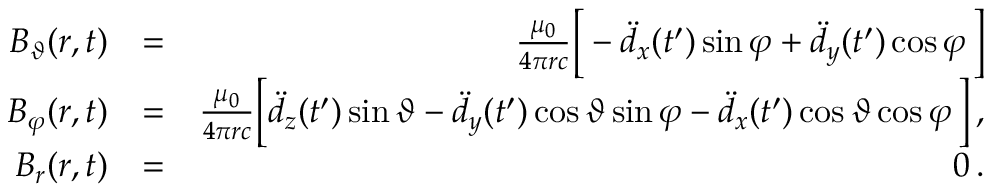
\begin{array} { r l r } { B _ { \vartheta } ( \boldsymbol { r } , t ) } & { = } & { \frac { \mu _ { 0 } } { 4 \pi r c } \Big [ - \ddot { d } _ { x } ( t ^ { \prime } ) \sin \varphi + \ddot { d } _ { y } ( t ^ { \prime } ) \cos \varphi \, \Big ] } \\ { B _ { \varphi } ( \boldsymbol { r } , t ) } & { = } & { \frac { \mu _ { 0 } } { 4 \pi r c } \Big [ \ddot { d } _ { z } ( t ^ { \prime } ) \sin \vartheta - \ddot { d } _ { y } ( t ^ { \prime } ) \cos \vartheta \sin \varphi - \ddot { d } _ { x } ( t ^ { \prime } ) \cos \vartheta \cos \varphi \, \Big ] \, , } \\ { B _ { r } ( \boldsymbol { r } , t ) } & { = } & { 0 \, . } \end{array}